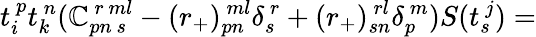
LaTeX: t_{i}^{~p}t_{k}^{~n}(\mathbb{C}_{pn~s}^{~r~ml}-(r_{+})_{pn}^{~ml}\delta_{s}^{~r}+(r_{+})_{sn}^{~rl}\delta_{p}^{~m})S(t_{s}^{~j})=